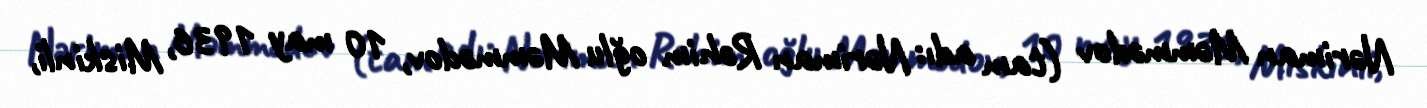
Nəriman Məmmədov (tam adı: Nəriman Rəhim oğlu Məmmədov, 10 may 1936, Miskinli,